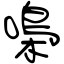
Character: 嘄